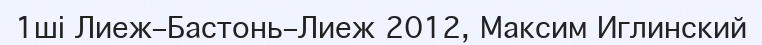
1ші Лиеж–Бастонь–Лиеж 2012, Максим Иглинский